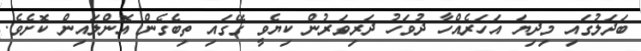
ބަދަލުގައި މިދިޔަ އަހަރެއްހާ ދުވަހު ދަރިވަރުން ކިޔެވީ ގޭގައި ތިބެގެން އޮންލައިން ކޮށެވެ.